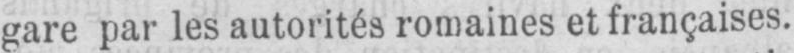
gare par les autorités romaines et françaises.